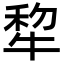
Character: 犂